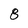
Character: 8